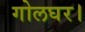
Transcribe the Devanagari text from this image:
गोलघर।